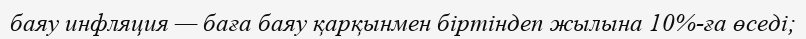
баяу инфляция — баға баяу қарқынмен біртіндеп жылына 10%-ға өседі;